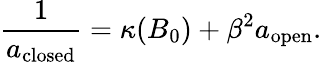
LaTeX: \frac{1}{a_{\mathrm{closed}}}=\kappa(B_{0})+\beta^{2}a_{\mathrm{open}}.